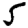
Digit: 5